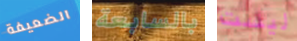
الضعيفة بالسابعة ليست